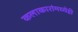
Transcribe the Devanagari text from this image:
कलाकारांमध्येही